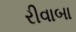
રીવાબા